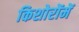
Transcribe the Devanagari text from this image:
किशोरोंमें